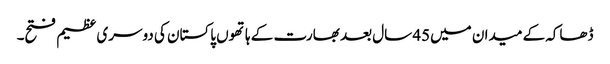
ڈھاکہ کے میدان میں45 سال بعد بھارت کے ہاتھوں پاکستان کی دوسری عظیم فتح۔